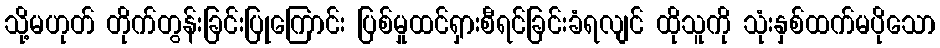
သို့မဟုတ် တိုက်တွန်းခြင်းပြုကြောင်း ပြစ်မှုထင်ရှားစီရင်ခြင်းခံရလျင် ထိုသူကို သုံးနှစ်ထက်မပိုသော